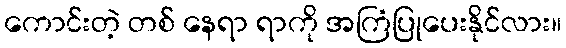
ကောင်းတဲ့ တစ် နေရာ ရာကို အကြံပြုပေးနိုင်လား။